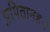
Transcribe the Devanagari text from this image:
प्रपितामहः।